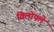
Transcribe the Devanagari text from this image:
विलोपले